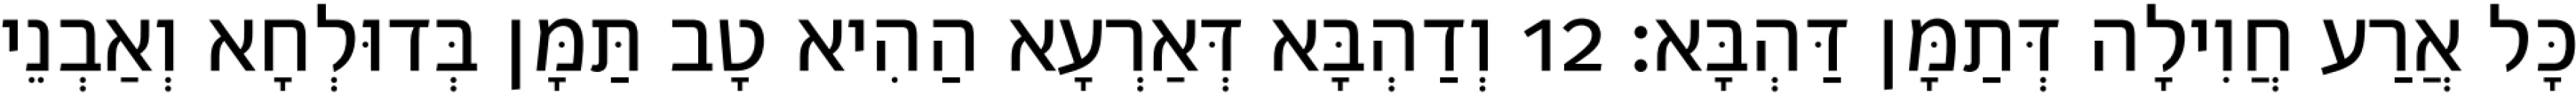
כָּל אֲרַע חֲוִילָה דְּתַמָּן דַּהְבָּא׃ 12 וְדַהְבָּא דְּאַרְעָא הַהִיא טָב תַּמָּן בְּדוּלְחָא וְאַבְנֵי